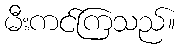
မီးကင်ကြသည်။